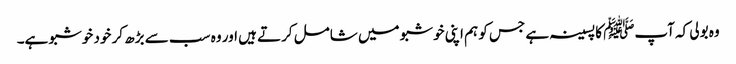
وہ بولی کہ آپﷺ کا پسینہ ہے جس کو ہم اپنی خوشبو میں شامل کرتے ہیں اور وہ سب سے بڑھ کر خود خوشبو ہے۔